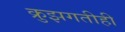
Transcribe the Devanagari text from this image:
क्रुझगतीही